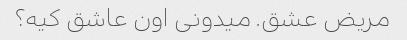
مریض عشق. میدونی اون عاشق کیه؟